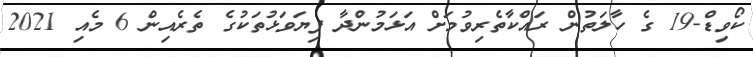
ކޯވިޑް-19 ގެ ހާލަތުން ރައްކާތެރިވުމަށް އަޅަމުންދާ ފިޔަވަޅުތަކުގެ ތެރެއިން 6 މެއި 2021